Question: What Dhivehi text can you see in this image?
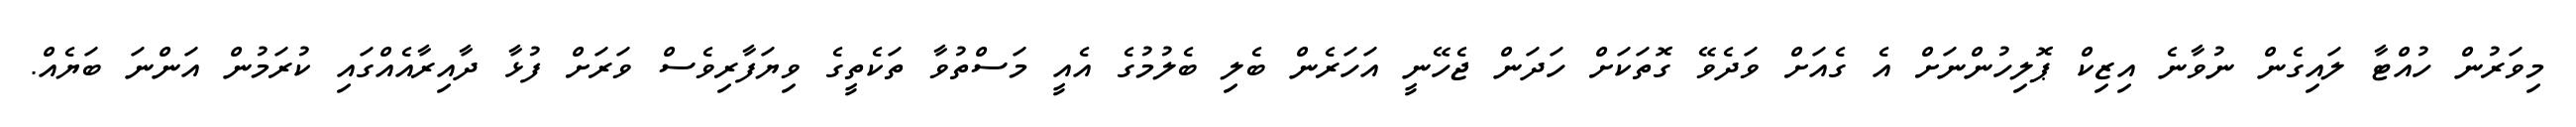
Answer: މިވަރުން ހުއްޓާ ލައިގެން ނުވާނެ އިޒިކް ޕޮލިހުންނަށް އެ ގެއަށް ވަދެވޭ ގޮތަކަށް ހަދަން ޖެހޭނީ އަހަރެން ބެލި ބެލުމުގެ އެއީ މަސްތުވާ ތަކެތީގެ ވިޔަފާރިވެސް ވަރަށް ފުޅާ ދާއިރާއެއްގައި ކުރަމުން އަންނަ ބަޔެއް.